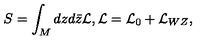
S = \int _ { M } d z d \bar { z } { \mathcal L } , { \mathcal L } = { \mathcal L } _ { 0 } + { \mathcal L } _ { W Z } ,